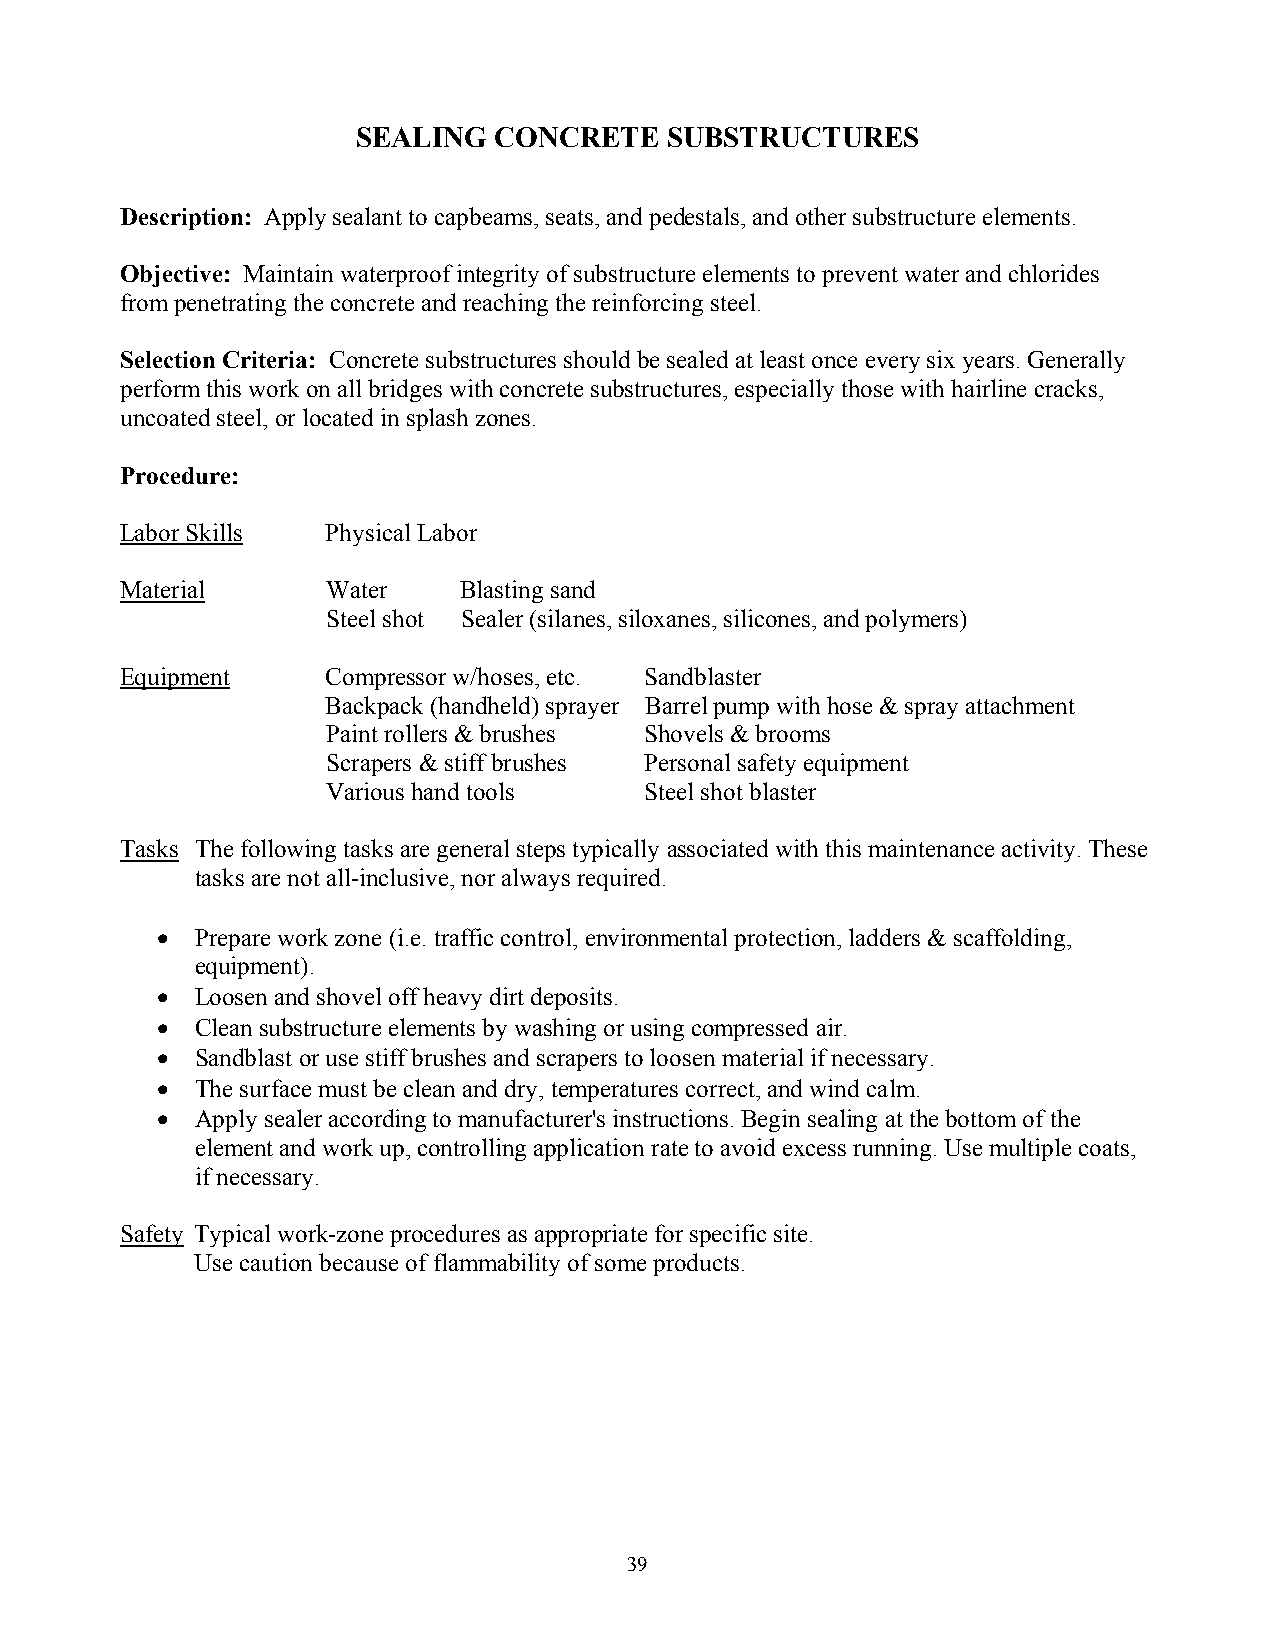
SEALING  CONCRETE   SUBSTRUCTURES
 Description: Apply sealant to capbeams, seats, and pedestals, and other substructure elements.
 Objective: Maintain waterproof integrity of substructure elements to prevent water and chlorides
 from penetrating the concrete and reaching the reinforcing steel.
 Selection Criteria: Concrete substructures should be sealed at least once every six years. Generally
 perform this work on all bridges with concrete substructures, especially those with hairline cracks,
 uncoated steel, or located in splash zones.
 Procedure:
 Labor Skills  Physical Labor
 Material      Water   Blasting sand
 Steel shot Sealer (silanes, siloxanes, silicones, and polymers)
 Equipment     Compressor w/hoses, etc. Sandblaster
 Backpack (handheld) sprayer Barrel pump with hose & spray attachment
 Paint rollers & brushes Shovels & brooms
 Scrapers & stiff brushes Personal safety equipment
 Various hand tools   Steel shot blaster
 Tasks The following tasks are general steps typically associated with this maintenance activity. These
 tasks are not all-inclusive, nor always required.
 •  Prepare work zone (i.e. traffic control, environmental protection, ladders & scaffolding,
 equipment).
 •  Loosen and shovel off heavy dirt deposits.
 •  Clean substructure elements by washing or using compressed air.
 •  Sandblast or use stiff brushes and scrapers to loosen material if necessary.
 •  The surface must be clean and dry, temperatures correct, and wind calm.
 •  Apply sealer according to manufacturer's instructions. Begin sealing at the bottom of the
 element and work up, controlling application rate to avoid excess running. Use multiple coats,
 if necessary.
 Safety Typical work-zone procedures as appropriate for specific site.
 Use caution because of flammability of some products.
 39